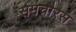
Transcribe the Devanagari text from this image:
समचौरस